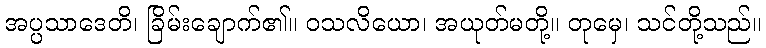
အပ္ပသာဒေတိ၊ ခြိမ်းချောက်၏။ ဝသလိယော၊ အယုတ်မတို့။ တုမှေ၊ သင်တို့သည်။